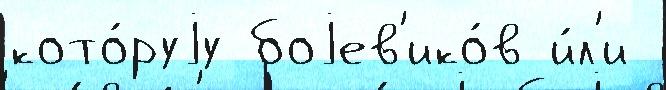
кото́руjу боjев'ико́в и́л'и